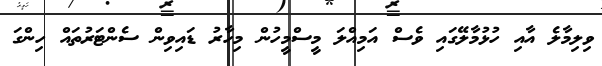
ވިލިމާލެ އާއި ހުޅުމާލޭގައި ވެސް އަމިއްލަ މީސްމީހުން މިހާރު ޑައިވިން ސެންޓަރުތައް ހިންގަ